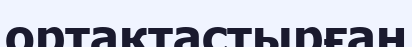
ортақтастырған